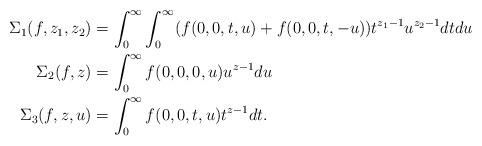
LaTeX: \begin{align*} \Sigma_1(f,z_1, z_2) &= \int_{0}^{\infty}\int_0^\infty(f(0,0,t,u)+ f(0,0,t,-u))t^{z_1-1}u^{z_2-1} dt du\\ \Sigma_2(f,z)&= \int_0^\infty f(0,0,0,u)u^{z-1}du\\ \Sigma_3(f,z,u) &= \int_0^\infty f(0,0,t,u)t^{z-1}dt.\end{align*}